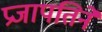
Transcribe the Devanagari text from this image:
प्रजापतिने